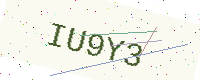
Text: IU9Y3